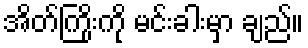
အိတ်ကြိုးကို မင်းခါးမှာ ချည်။